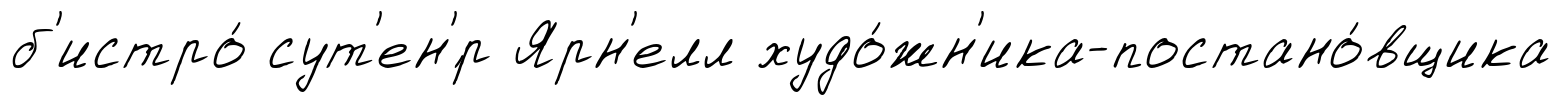
б'истро́ сут'ен'́р Ярн'елл худо́жн'ика-постано́вщика